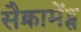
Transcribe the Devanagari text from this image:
सैक्रामेंट्स